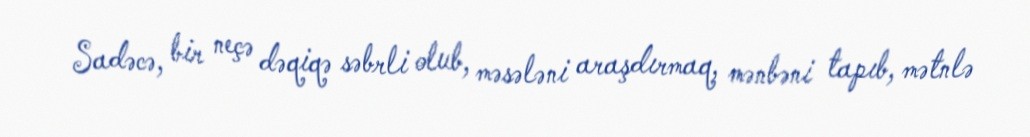
Sadəcə, bir neçə dəqiqə səbrli olub, məsələni araşdırmaq, mənbəni tapıb, mətnlə